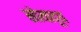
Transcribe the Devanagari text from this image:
सोयादूध